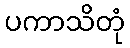
ပကာသိတုံ